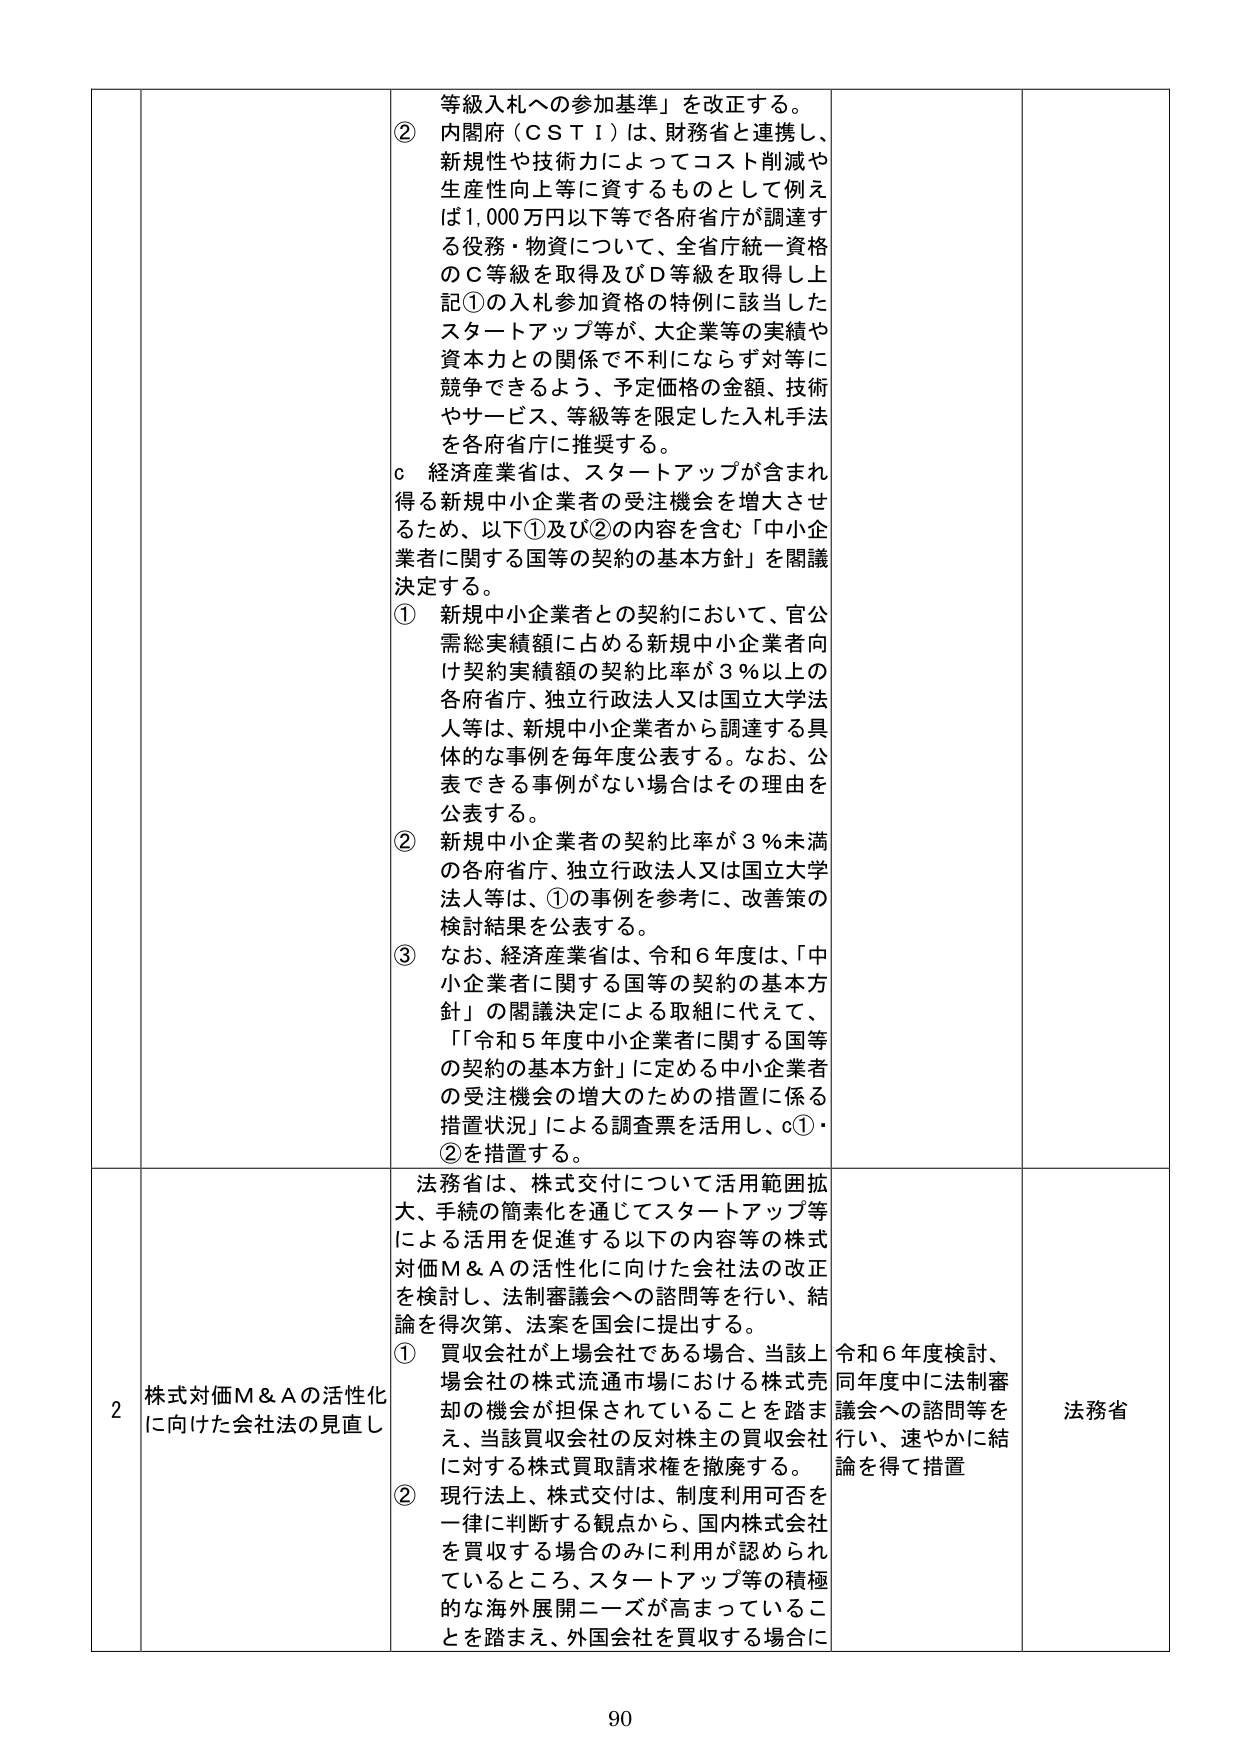
等級入札への参加基準」を改正する。
② 内閣府（ＣＳＴＩ）は、財務省と連携し、新規性や技術力によってコスト削減や生産性向上等に資するものとして例えば1,000万円以下等で各府省庁が調達する役務・物資について、全省庁統一資格のＣ等級を取得及びＤ等級を取得し上記①の入札参加資格の特例に該当したスタートアップ等が、大企業等の実績や資本力との関係で不利にならず対等に競争できるよう、予定価格の金額、技術やサービス、等級等を限定した入札手法を各府省庁に推奨する。
ｃ 経済産業省は、スタートアップが含まれ得る新規中小企業者の受注機会を増大させるため、以下①及び②の内容を含む「中小企業者に関する国等の契約の基本方針」を閣議決定する。
① 新規中小企業者との契約において、官公需総実績額に占める新規中小企業者向け契約実績額の契約比率が３％以上の各府省庁、独立行政法人又は国立大学法人等は、新規中小企業者から調達する具体的な事例を毎年度公表する。なお、公表できる事例がない場合はその理由を公表する。
② 新規中小企業者の契約比率が３％未満の各府省庁、独立行政法人又は国立大学法人等は、①の事例を参考に、改善策の検討結果を公表する。
③ なお、経済産業省は、令和６年度は、「中小企業者に関する国等の契約の基本方針」の閣議決定による取組に代えて、「『令和５年度中小企業者に関する国等の契約の基本方針』に定める中小企業者の受注機会の増大のための措置に係る措置状況」による調査票を活用し、ｃ①・②を措置する。

法務省は、株式交付について活用範囲拡大、手続の簡素化を通じてスタートアップ等による活用を促進する以下の内容等の株式対価Ｍ＆Ａの活性化に向けた会社法の改正を検討し、法制審議会への諮問等を行い、結論を得次第、法案を国会に提出する。
① 買収会社が上場会社である場合、当該上場会社の株式流通市場における株式売却の機会が担保されていることを踏まえ、当該買収会社の反対株主の買収会社に対する株式買取請求権を撤廃する。
② 現行法上、株式交付は、制度利用可否を一律に判断する観点から、国内株式会社を買収する場合のみに利用が認められているところ、スタートアップ等の積極的な海外展開ニーズが高まっていることを踏まえ、外国会社を買収する場合に

2 株式対価Ｍ＆Ａの活性化に向けた会社法の見直し

令和６年度検討、同年度中に法制審議会への諮問等を行い、速やかに結論を得て措置

法務省

90